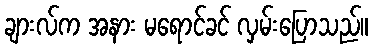
ချားလ်က အနား မရောင်ခင် လှမ်းပြောသည်။